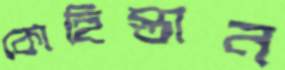
কোহিস্তান